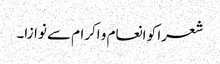
شعرا کو انعام و اکرام سے نوازا۔